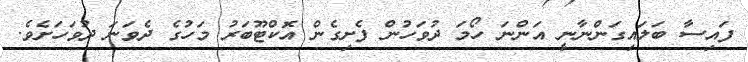
ފައިސާ ބަލައިގަންނާނީ އަންނަ ހޯމަ ދުވަހުން ފެށިގެން އަޮކްޓޫބަރު މަހުގެ ދެވަނަ ދުވަހަށެވެ.